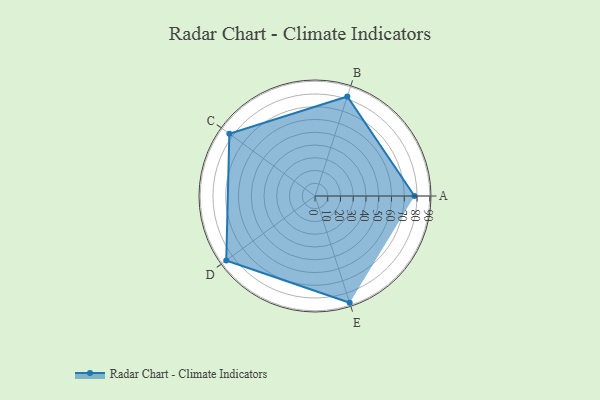
{"axis": {"x": "Skill", "y": "Score"}, "legend": ["Profile"], "data": [{"x": "A", "y": 78.0, "type": "Profile"}, {"x": "B", "y": 82.0, "type": "Profile"}, {"x": "C", "y": 83.0, "type": "Profile"}, {"x": "D", "y": 86.0, "type": "Profile"}, {"x": "E", "y": 88.0, "type": "Profile"}]}